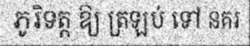
ភូរិទត្ត ឱ្យ ត្រឡប់ ទៅ នគរ